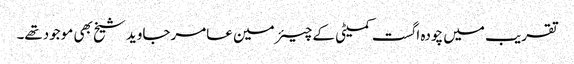
تقریب میں چودہ اگست کمیٹی کے چیئرمین عامرجاوید شیخ بھی موجودتھے۔